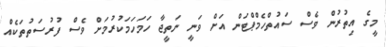
މީގެ އިތުރުން ވެސް ސައުތްހެމްޕްޓަން އަށް ވަނީ ނަތީޖާ ހަމަހަމަކުރުމަށް ވެސް ފުރުސަތުތަކެއް